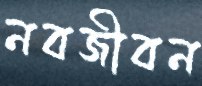
নবজীবন